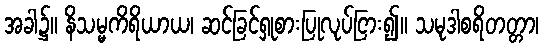
အခါ၌။ နိသမ္မကိရိယာယ၊ ဆင်ခြင်ရှုစားပြုလုပ်ငြား၍။ သမုဒါစရိတတ္တာ၊